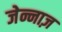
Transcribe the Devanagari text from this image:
जेन्नाज़